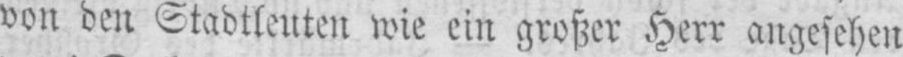
von den Stadtleuten wie ein großer Herr angesehen